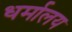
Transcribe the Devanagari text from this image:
धर्मालय